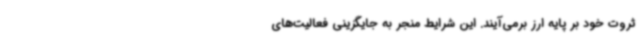
ثروت خود بر پایه ارز برمی‌آیند. این شرایط منجر به جایگزینی فعالیت‌های